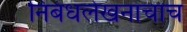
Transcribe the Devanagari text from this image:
निबंधलेखनाचाच